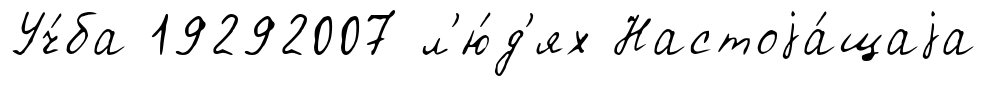
Уч́ба 19292007 л'ю́д'ях Настоjа́щаjа